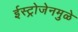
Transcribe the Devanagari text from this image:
ईस्ट्रोजेनमुळे